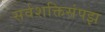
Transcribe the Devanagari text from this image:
सर्वशक्तिसंपझ